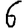
Digit: 6